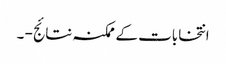
انتخابات کے ممکنہ نتائج - ۔